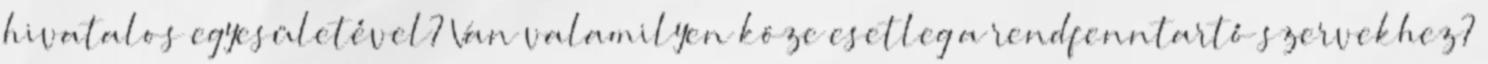
hivatalos egyesületével? Van valamilyen köze esetleg a rendfenntartó szervekhez?